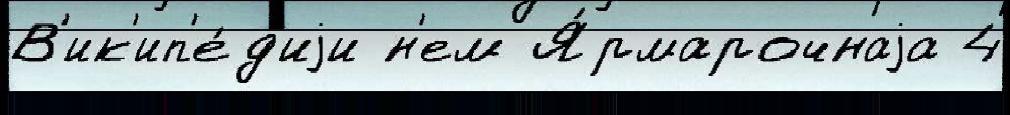
В'ик'ип'е́д'иjи н'ем Я́рмарочнаjа 4